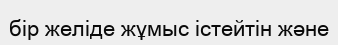
бір желіде жұмыс істейтін және